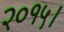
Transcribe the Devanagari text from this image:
२०१५।